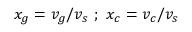
x _ { g } = v _ { g } / v _ { s } \ ; \ x _ { c } = v _ { c } / v _ { s }